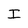
Character: I